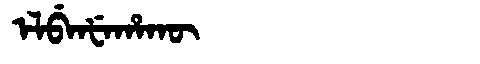
Manchu: ᡝᠯᠪᡝᠨᡶᡝᡥᠠᡴᡡ
Romanization: ELBENFEHAKŪ